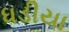
ધડીયા